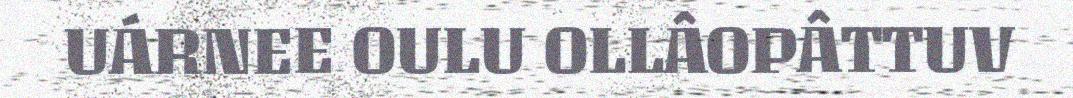
UÁRNEE OULU OLLÂOPÂTTUV